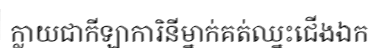
ក្លាយជាកីឡាការិនីម្នាក់គត់ឈ្នះជើងឯក